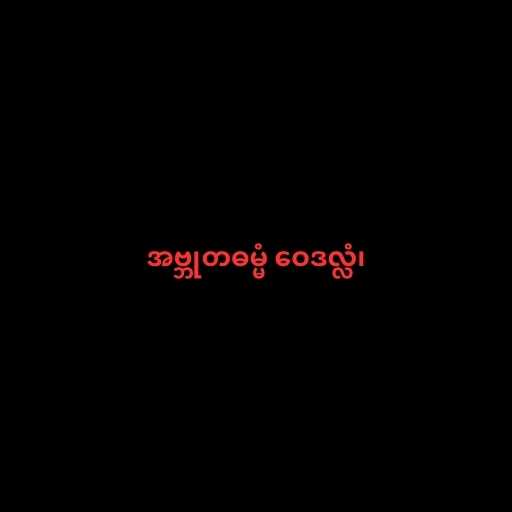
အဗ္ဘုတဓမ္မံ ဝေဒလ္လံ၊